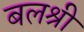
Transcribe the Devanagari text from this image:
बलश्री